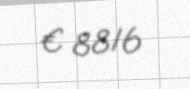
€ 8816